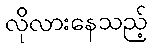
လိုလားနေသည့်